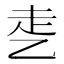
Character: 𰁁